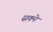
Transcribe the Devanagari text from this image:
सक्ने